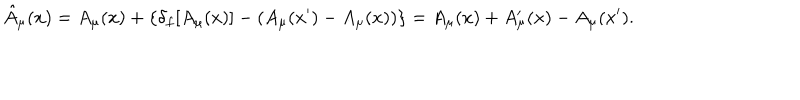
\hat { A } _ { \mu } ( x ) = A _ { \mu } ( x ) + \{ \delta _ { f } [ A _ { \mu } ( x ) ] - ( A _ { \mu } ( x ^ { \prime } ) - A _ { \mu } ( x ) ) \} = A _ { \mu } ( x ) + A _ { \mu } ^ { \prime } ( x ) - A _ { \mu } ( x ^ { \prime } ) .